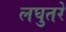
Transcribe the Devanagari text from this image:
लघुतरे